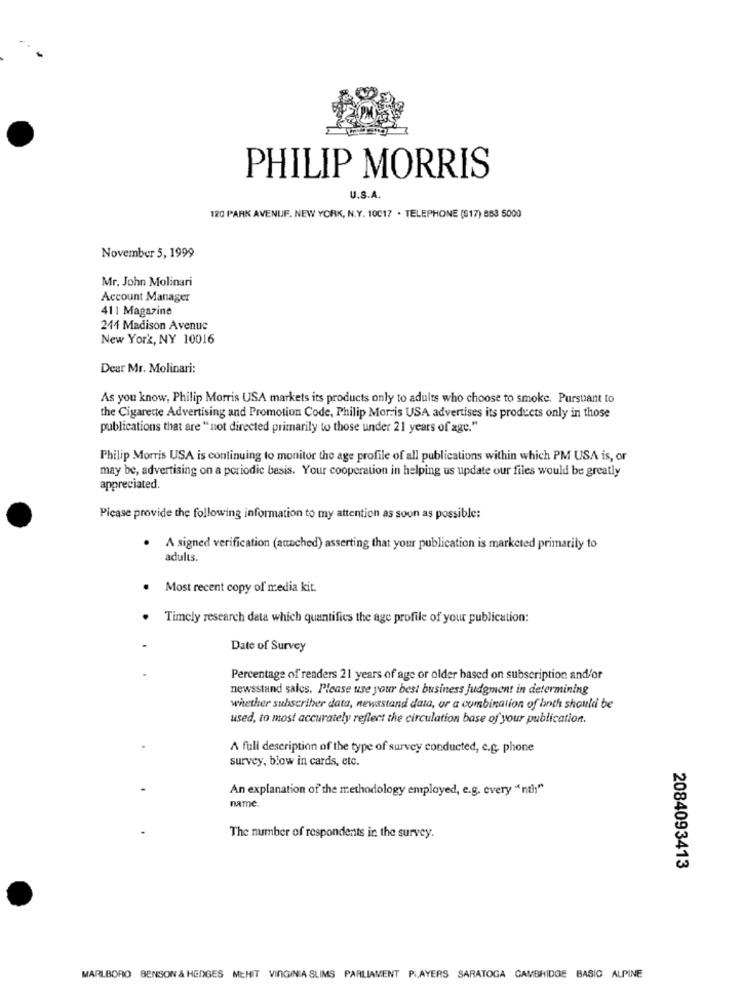
PHILIP MORRIS
U.S.A.
120 PARK AVENUE, NEW YORK, N.Y. 10017 . TELEPHONE (517) 853 5000
November 5, 1999
Mr. John Molinari
Account Manager
411 Magazine
244 Madison Avenue
New York, NY 10016
Dear Mr. Molinari:
As you know, Philip Morris USA markets its products only to adults who choose to smoke. Pursuant to
the Cigarette Advertising and Promotion Code, Philip Morris USA advertises its products only in those
publications that are " not directed primarily to those under 21 years of age."
Philip Morris USA is continuing to monitor the age profile of all publications within which PM USA is, or
may be, advertising on a periodic basis. Your cooperation in helping us update our files would be greatly
appreciated.
Please provide the following information to my attention as soon as possible:
.
A signed verification (attached) asserting that your publication is marketed primarily to
adults.
. Most recent copy of media kit.
Timely research data which quantifics the age profile of your publication:
Date of Survey
Percentage of readers 21 years of age or older based on subscription and/or
newsstand sales. Please use your best business Judgment in determining
whether subscriber data, newsstand data, or a combination of both should be
used, to most accurately reflect the circulation base of your publication.
A full description of the type of survey conducted, e.g. phone
survey, blow in cards, etc.
An explanation of the methodology employed, e.g. every "nth"
name.
The number of respondents in the survey.
2084093413
MARLBORO BENSON & HEDGES MEHIT VINGINIA SLIMS PARLIAMENT P. AYERS SARATOGA CAMBRIDGE BASIC ALPINE